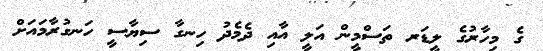
ގެ މިހާރުގެ ލީޑަރ ތަސްމީން އަލީ އާއި ދެމެދު ހިނގާ ސިޔާސީ ހަނގުރާމައަށް